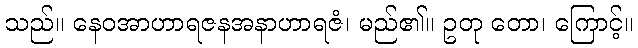
သည်။ နေဝအာဟာရဇနအနာဟာရဇံ၊ မည်၏။ ဥတု တော၊ ကြောင့်။